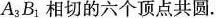
A_{3}B_{1}相切的六个顶点共圆.